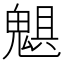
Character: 𩳖